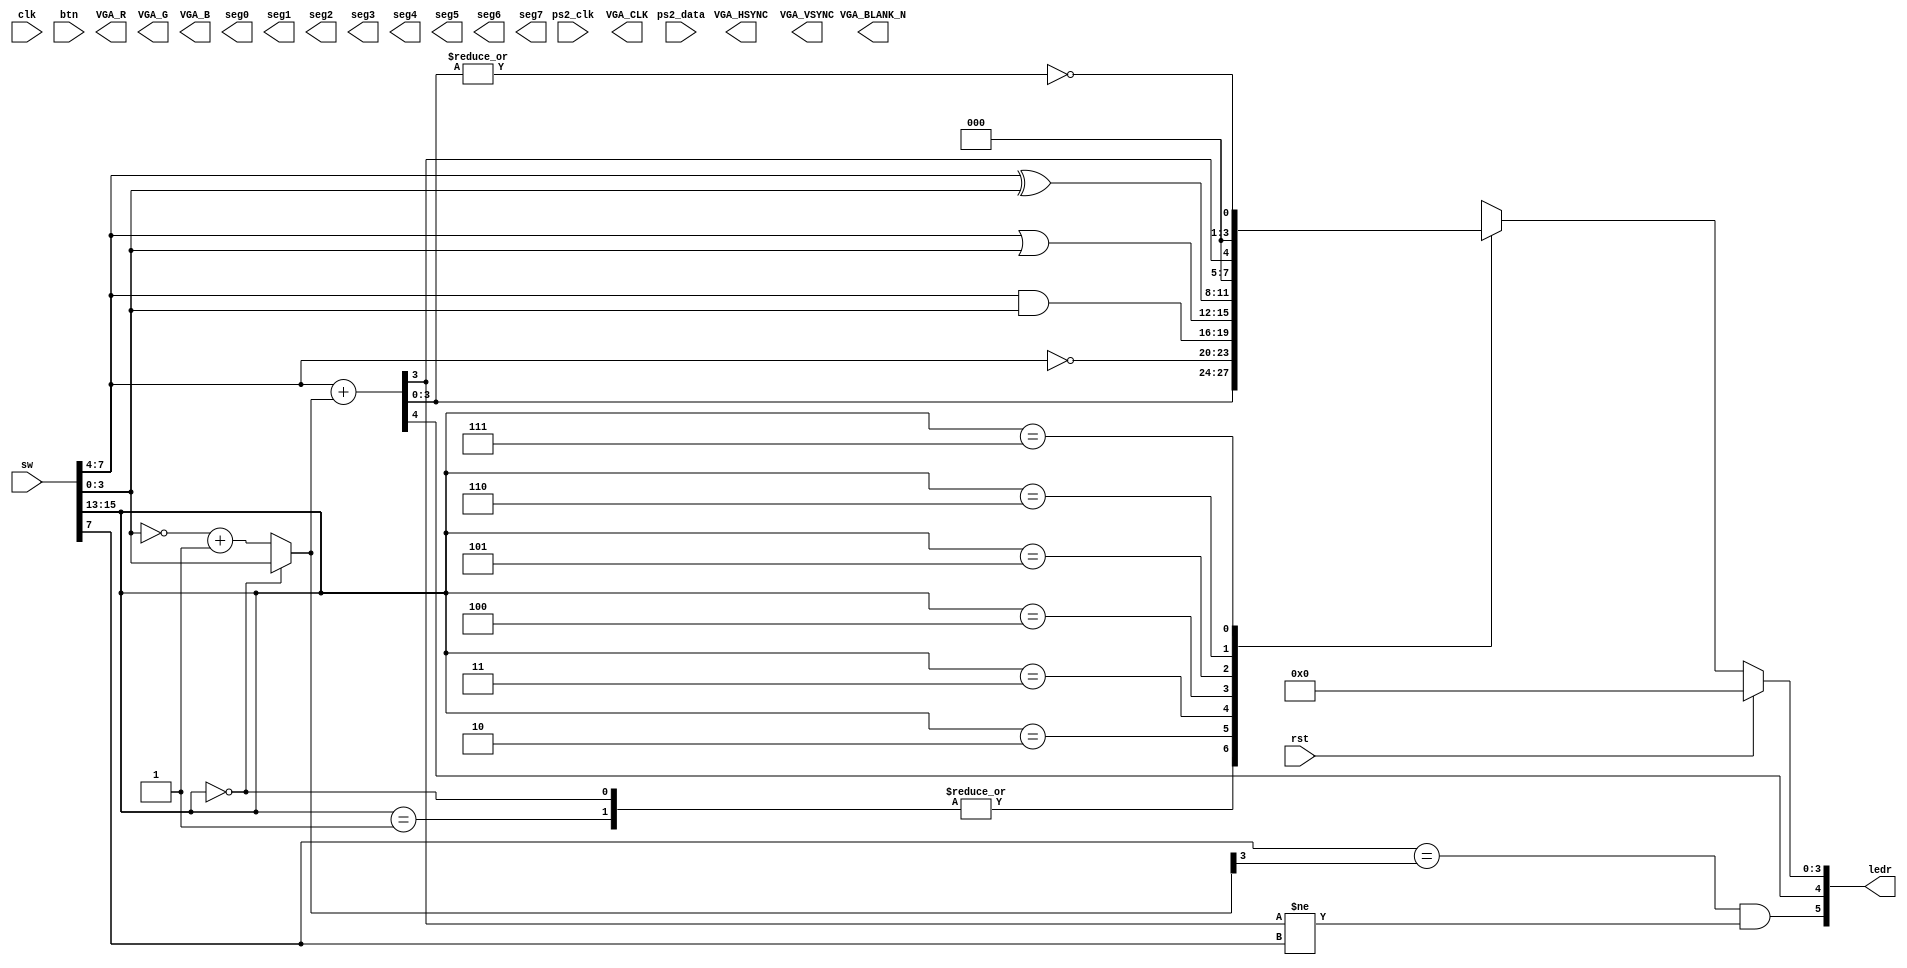
module top(
    input clk,
    input rst,
    input [4:0] btn,
    input [15:0] sw,
    input ps2_clk,
    input ps2_data,
    output [15:0] ledr,
    output VGA_CLK,
    output VGA_HSYNC,
    output VGA_VSYNC,
    output VGA_BLANK_N,
    output [7:0] VGA_R,
    output [7:0] VGA_G,
    output [7:0] VGA_B,
    output [7:0] seg0,
    output [7:0] seg1,
    output [7:0] seg2,
    output [7:0] seg3,
    output [7:0] seg4,
    output [7:0] seg5,
    output [7:0] seg6,
    output [7:0] seg7
);

`define OP_WIDTH 3
`define ALU_WIDTH 4

`define ADD_OP 3'b000
`define SUB_OP 3'b001
`define NOT_OP 3'b010
`define AND_OP 3'b011
`define OR_OP  3'b100
`define XOR_OP 3'b101
`define CMP_OP 3'b110
`define EQ_OP  3'b111

//手册建议使用button来选择，但是只有5个按钮,故使用了sw[15:13]来进行功能选择
wire [`OP_WIDTH-1:0] alu_op;
assign alu_op = sw[15:13];

//sw[7:4]作为操作数A，sw[3:0]作为操作数B, sw[8]为进位。
wire [`ALU_WIDTH-1:0] A;
wire [`ALU_WIDTH-1:0] B;
wire Cin;
assign A = sw[7:4];
assign B = sw[3:0];
assign Cin = sw[8];

//使用ledr[3:0]作为结果输出,ledr[4]为溢出
reg [`ALU_WIDTH-1:0] Result;
wire Carry;
wire Overflow;
assign ledr[4] = Carry;
assign ledr[5] = Overflow;

always@(*) begin
    ledr[3:0]= Result;
end

wire zero; //是否加减法输出为0
assign zero = ~(|addsum_out);


wire [`ALU_WIDTH-1:0] addsum_out; //加减运算的结果
wire [`ALU_WIDTH-1:0] B_tmp;


assign B_tmp = alu_op == `ADD_OP ? (B) : (~B + 1);

assign { Carry, addsum_out } = A + B_tmp;


//在有符号数加法中，如果两个相加的数符号相同，但结果的符号与它们不同，那么就发生了溢出。
assign Overflow = (A[`ALU_WIDTH-1] == B_tmp[`ALU_WIDTH-1]) &&
                    (addsum_out[`ALU_WIDTH-1] != A[`ALU_WIDTH-1]);


//assign ledr[11] = (A[`ALU_WIDTH-1] == t_add_Cin[`ALU_WIDTH-1]);
//assign ledr[10] = (  (addsum_out[`ALU_WIDTH-1] != A[`ALU_WIDTH-1]));

wire lt; //是否A<B

assign lt = addsum_out[`ALU_WIDTH-1];



always@(*) begin
	if(rst == 1'b1) begin
		Result =  `ALU_WIDTH'b0;
	end
	else begin
		case(alu_op)
            `ADD_OP: begin
                Result = addsum_out;
            end
            `SUB_OP: begin
                Result = addsum_out;
            end
			`NOT_OP: begin
				Result = ~A;
			end
			`AND_OP: begin
				Result = A&B;
			end
			`OR_OP: begin
				Result = A|B;
			end
			`XOR_OP: begin
                Result = A^B;
            end
            `CMP_OP: begin
                Result = {{(`ALU_WIDTH-1){1'b0}}, lt};
            end
            `EQ_OP: begin
                Result = {{(`ALU_WIDTH-1){1'b0}}, zero};
            end
			default: begin
				Result = `ALU_WIDTH'b0;
			end
		endcase
	end
end




endmodule